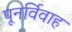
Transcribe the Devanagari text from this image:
पूनर्विवाह